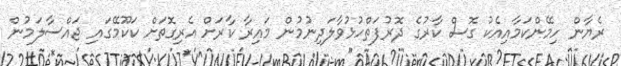
ރެޔާން ހިމޭންކަމާއިއެކު ގޮސް ކާރުގެ ދޮރުފަތްހުޅުވާލަދިނުމުން މައިރާ ކާރަށް އެރިގޮތަށް ކަކޫމޭގައި ޖައްސާލަމުން